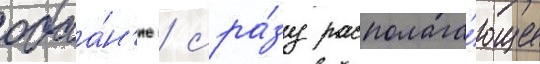
обаа́н'ие / сра́зу располага́ющее